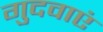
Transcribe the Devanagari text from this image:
गुदवाएं